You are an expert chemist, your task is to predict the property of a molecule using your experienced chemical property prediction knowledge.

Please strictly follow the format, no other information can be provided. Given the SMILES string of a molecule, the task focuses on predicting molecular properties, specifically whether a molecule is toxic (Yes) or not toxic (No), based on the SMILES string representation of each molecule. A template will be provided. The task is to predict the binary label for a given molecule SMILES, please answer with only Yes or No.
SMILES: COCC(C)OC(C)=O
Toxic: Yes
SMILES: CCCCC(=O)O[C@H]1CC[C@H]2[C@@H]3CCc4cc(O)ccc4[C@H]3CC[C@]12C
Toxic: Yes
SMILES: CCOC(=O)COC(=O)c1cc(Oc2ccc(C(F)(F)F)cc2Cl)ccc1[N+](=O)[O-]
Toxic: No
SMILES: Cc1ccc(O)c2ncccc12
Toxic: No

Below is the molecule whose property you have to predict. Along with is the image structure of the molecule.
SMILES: COP(=S)(OC)Oc1ccc([N+](=O)[O-])cc1Cl
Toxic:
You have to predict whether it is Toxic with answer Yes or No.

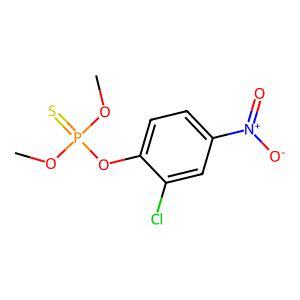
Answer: No